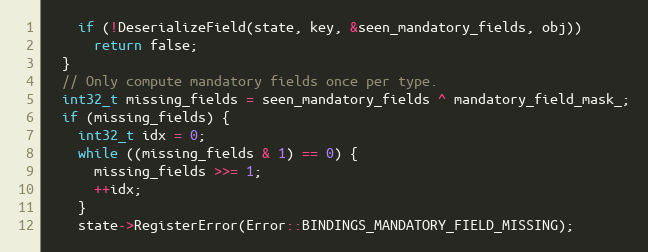
Language: C++
    if (!DeserializeField(state, key, &seen_mandatory_fields, obj))
      return false;
  }
  // Only compute mandatory fields once per type.
  int32_t missing_fields = seen_mandatory_fields ^ mandatory_field_mask_;
  if (missing_fields) {
    int32_t idx = 0;
    while ((missing_fields & 1) == 0) {
      missing_fields >>= 1;
      ++idx;
    }
    state->RegisterError(Error::BINDINGS_MANDATORY_FIELD_MISSING);